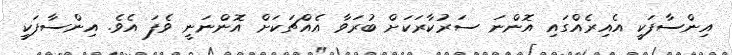
އިންސާފަކީ އެއިރެއްގައި އޮންނަ ސަރުކާރަކަށް ބުރަވާ އެއްޗަކަށް އޮންނަނީ ވެފަ އެވެ. އިންސާފަކީ